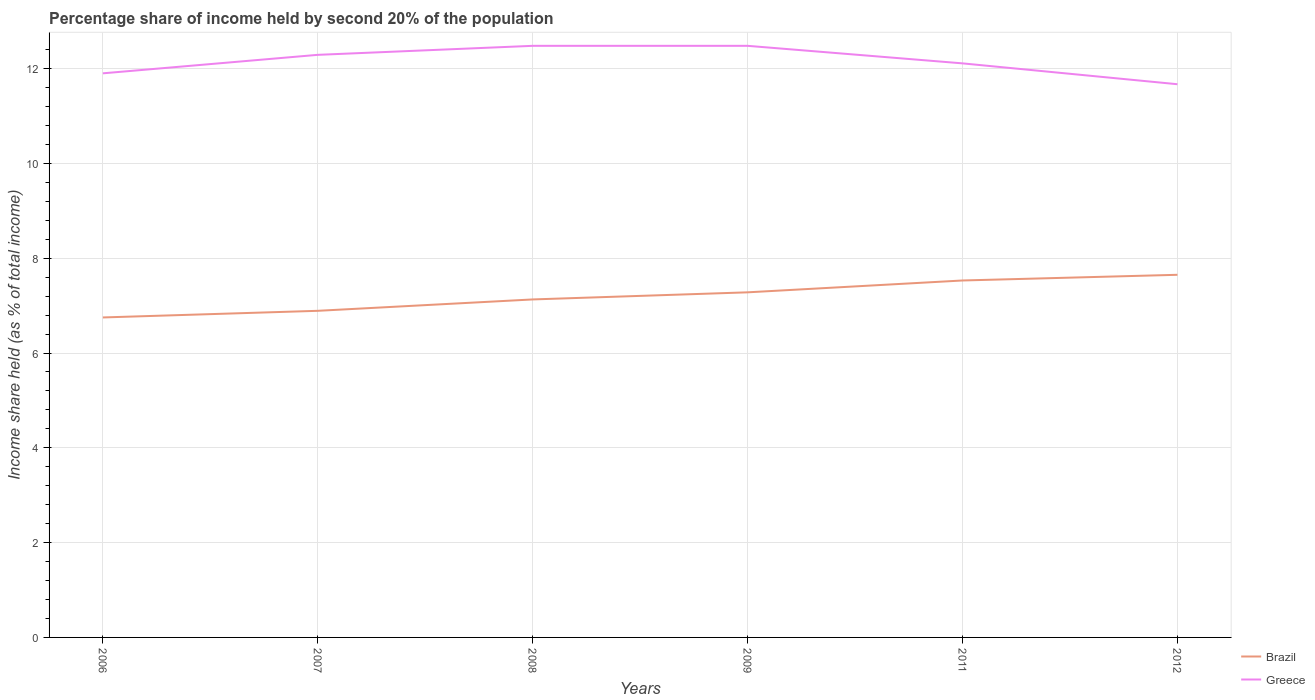
| Years | Brazil | Greece |
 | --- | --- | --- |
 | 2006 | 6.75 | 11.9 |
 | 2007 | 6.89 | 12.3 |
 | 2008 | 7.13 | 12.5 |
 | 2009 | 7.28 | 12.5 |
 | 2011 | 7.53 | 12.1 |
 | 2012 | 7.65 | 11.7 |